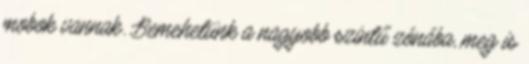
mobok vannak. Bemehetünk a nagyobb szintű zónába, meg is